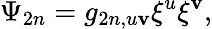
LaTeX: \Psi_{2n}=g_{2n,u\mathbf{v}}\xi^{u}\xi^{\mathbf{v}},